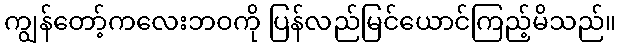
ကျွန်တော့်ကလေးဘဝကို ပြန်လည်မြင်ယောင်ကြည့်မိသည်။